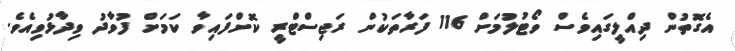
އެގޮތުން ދިއްލީގައިވެސް ވޯޓުލުމަށް 116 ފަރާތަކުން ރަޖިސްޓްރީ ކޮށްފައިވާ ކަމަށް ފުވާދު ވިދާޅުވިއެވެ.